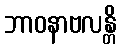
ဘာဝနာဗလန္တိ